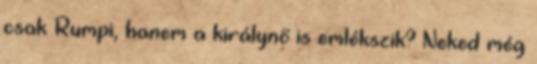
csak Rumpi, hanem a királynő is emlékszik? Neked még